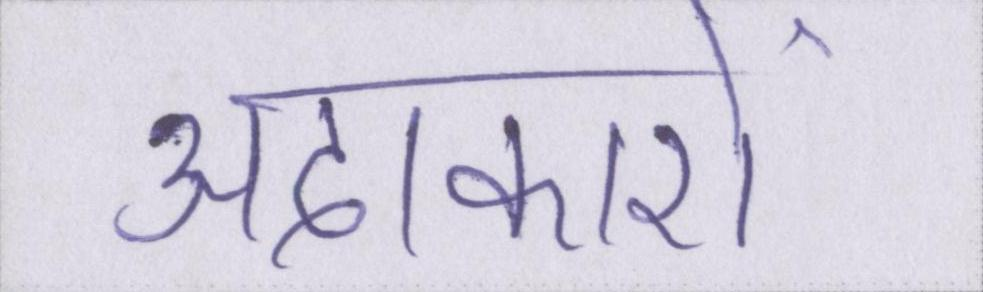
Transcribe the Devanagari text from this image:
अदाकारों